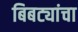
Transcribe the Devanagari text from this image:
बिबट्यांचा